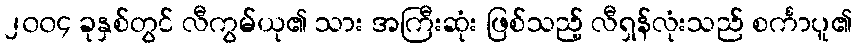
၂၀၀၄ ခုနှစ်တွင် လီကွမ်ယု၏ သား အကြီးဆုံး ဖြစ်သည့် လီရှန်လုံးသည် စင်္ကာပူ၏